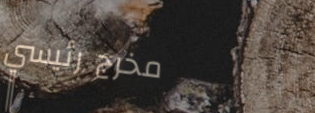
مخرج رئيسي